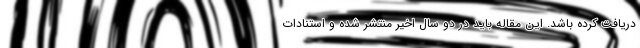
دریافت کرده باشد. این مقاله باید در دو سال اخیر منتشر شده و استنادات